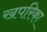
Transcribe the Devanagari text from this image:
खपरिका